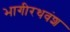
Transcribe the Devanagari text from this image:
भागीरथवंश